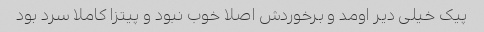
پیک خیلی دیر اومد و برخوردش اصلا خوب نبود و پیتزا کاملا سرد بود